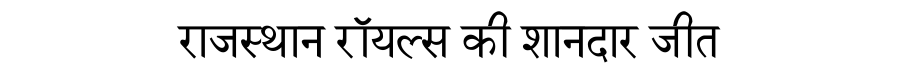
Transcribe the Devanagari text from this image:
राजस्थान रॉयल्स की शानदार जीत